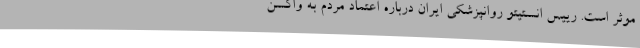
موثر است. رییس انستیتو روانپزشکی ایران درباره اعتماد مردم به واکسن